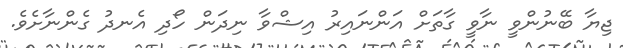
ޖިޔާ ބޭނުންވީ ނާވީ ގާތަށް އަންނައިރު އިޝްވާ ނިދަން ހޯދި އެނދު ގެންނާށެވެ.